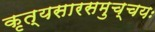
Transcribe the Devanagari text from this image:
कृत्यसारसमुच्चयः